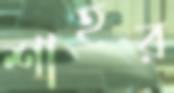
শাহর